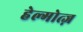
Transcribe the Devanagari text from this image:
हेल्मोत्ज़